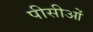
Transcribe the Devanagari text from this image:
पीसीओं